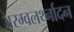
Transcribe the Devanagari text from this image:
अरम्वलर्थ्नादन